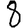
Digit: 8